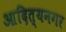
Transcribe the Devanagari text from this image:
आदित्यनगर